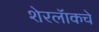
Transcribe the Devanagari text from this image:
शेरलॅाकचे